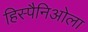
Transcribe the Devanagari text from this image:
हिस्पैनिओला